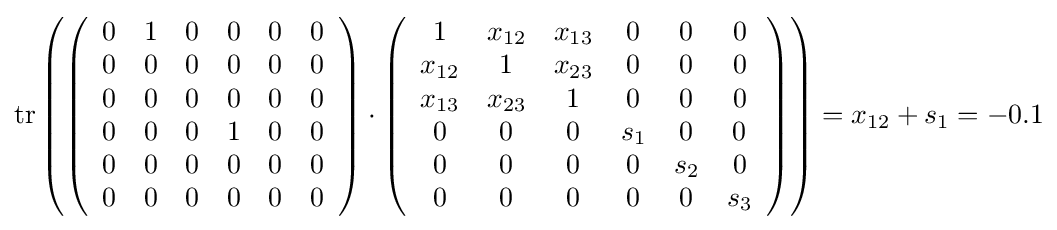
\mathrm {tr} \left(\left({\begin{array}{cccccc}0&1&0&0&0&0\\0&0&0&0&0&0\\0&0&0&0&0&0\\0&0&0&1&0&0\\0&0&0&0&0&0\\0&0&0&0&0&0\end{array}}\right)\cdot \left({\begin{array}{cccccc}1&x_{12}&x_{13}&0&0&0\\x_{12}&1&x_{23}&0&0&0\\x_{13}&x_{23}&1&0&0&0\\0&0&0&s_{1}&0&0\\0&0&0&0&s_{2}&0\\0&0&0&0&0&s_{3}\end{array}}\right)\right)=x_{12}+s_{1}=-0.1